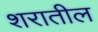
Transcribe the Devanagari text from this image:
शरातील